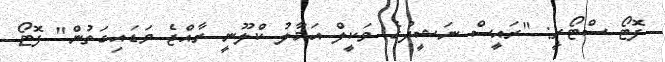
ފޮޓޯ ސްޓޯރީ: "ރައީސް ނަޝީދުގެ ވަކީލް އަމާލު ކްލޫނީ ރާއްޖެ ވަޑައިގަތުން" ފޮޓޯ